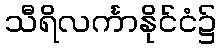
သီရိလင်္ကာနိုင်ငံ၌